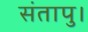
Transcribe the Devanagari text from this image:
संतापु।